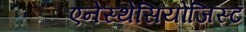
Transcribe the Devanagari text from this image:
एनेस्थेसियोजिस्ट